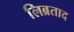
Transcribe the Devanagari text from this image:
लिब्रताद